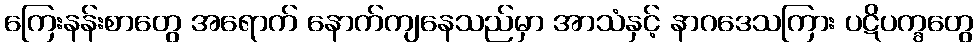
ကြေးနန်းစာတွေ အရောက် နောက်ကျနေသည်မှာ အာသံနှင့် နာဂဒေသကြား ပဋိပက္ခတွေ